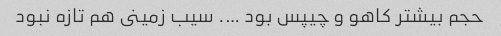
حجم بیشتر کاهو و چیپس بود …. سیب زمینى هم تازه نبود